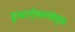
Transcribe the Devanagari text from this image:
हुआ।ऐवरग्लेड्स